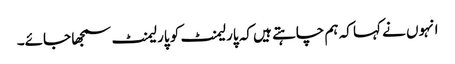
انہوں نے کہا کہ ہم چاہتے ہیں کہ پارلیمنٹ کو پارلیمنٹ سمجھا جائے۔